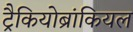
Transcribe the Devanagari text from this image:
ट्रैकियोब्रांकियल